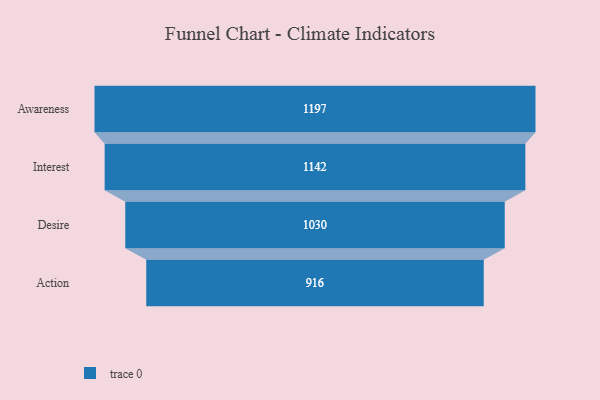
{"axis": {"x": "Stage", "y": "Value"}, "legend": [""], "data": [{"x": "Awareness", "y": 1197.0, "type": ""}, {"x": "Interest", "y": 1142.0, "type": ""}, {"x": "Desire", "y": 1030.0, "type": ""}, {"x": "Action", "y": 916.0, "type": ""}]}